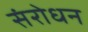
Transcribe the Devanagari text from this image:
संरोधन